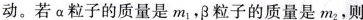
动。若\alpha 粒子的质量是m_{1},\beta 粒子的质量是m_{2}, 则